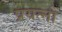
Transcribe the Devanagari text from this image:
प्रयत्‍नों